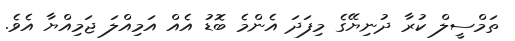
ތަމްސީލް ކުރާ ދުނިޔޭގެ މިފަދަ އެންމެ ބޮޑު އެއް އަމިއްލަ ޖަމިއްޔާ އެވެ.